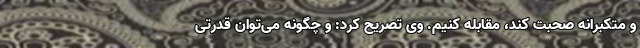
و متکبرانه صحبت کند، مقابله کنیم. وی تصریح کرد: و چگونه می‌توان قدرتی